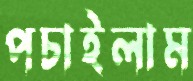
পচাইলাম